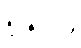
၈၅%